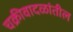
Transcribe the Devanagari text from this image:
चक्रीवादळांतील